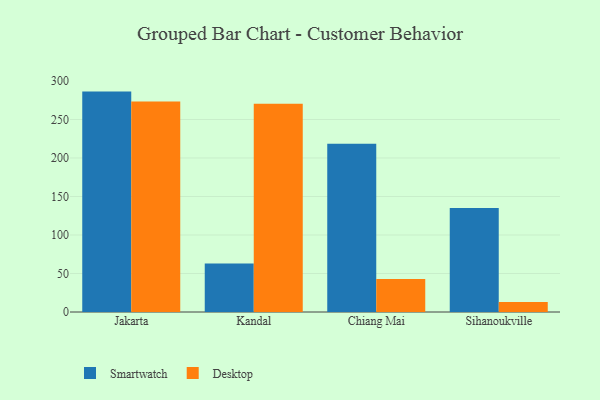
{"axis": {"x": "City", "y": "Website Visitors"}, "legend": ["Desktop", "Smartwatch"], "data": [{"x": "Jakarta", "y": 286.2, "type": "Smartwatch"}, {"x": "Jakarta", "y": 273.2, "type": "Desktop"}, {"x": "Kandal", "y": 63.0, "type": "Smartwatch"}, {"x": "Kandal", "y": 270.4, "type": "Desktop"}, {"x": "Chiang Mai", "y": 218.4, "type": "Smartwatch"}, {"x": "Chiang Mai", "y": 42.9, "type": "Desktop"}, {"x": "Sihanoukville", "y": 135.1, "type": "Smartwatch"}, {"x": "Sihanoukville", "y": 13.0, "type": "Desktop"}]}